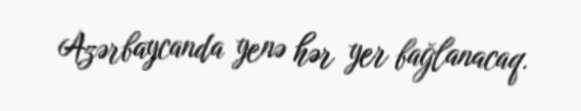
Azərbaycanda yenə hər yer bağlanacaq.